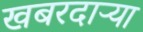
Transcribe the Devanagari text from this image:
खबरदाऱ्या